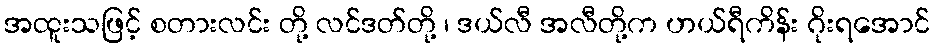
အထူးသဖြင့် စတားလင်း တို့ လင်ဒတ်တို့ ၊ ဒယ်လီ အလီတို့က ဟယ်ရီကိန်း ဂိုးရအောင်